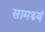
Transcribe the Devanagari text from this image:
सामथ्र्यं